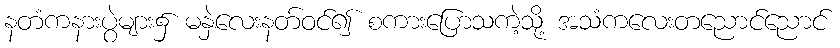
နတံကနားပွဲများ၌ မနှဲလေးနတ်ဝင်၍ စကားပြောသကဲ့သို့ အသံကလေးတညောင်ညောင်